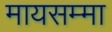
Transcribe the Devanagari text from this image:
मायसम्मा